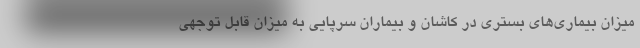
میزان بیماری‌های بستری در کاشان و بیماران سرپایی به میزان قابل توجهی